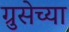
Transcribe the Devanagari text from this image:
ग्रुसेच्या